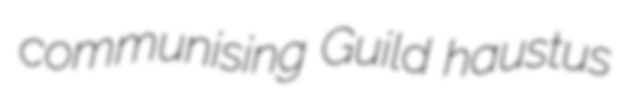
communising Guild haustus